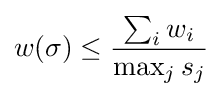
w(\sigma )\leq {\frac {\sum _{i}{w_{i}}}{\max _{j}{s_{j}}}}